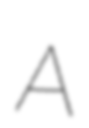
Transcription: A